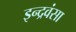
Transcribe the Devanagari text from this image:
इन्द्रवंसा